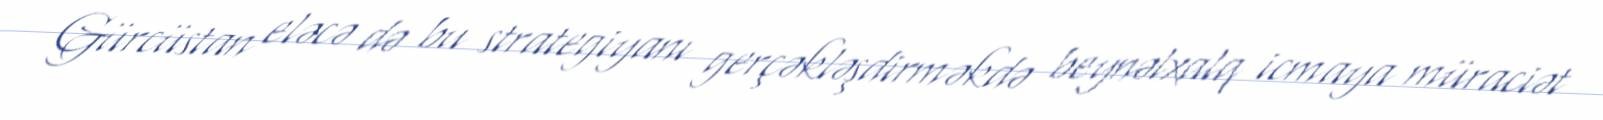
Gürcüstan eləcə də bu strategiyanı gerçəkləşdirməkdə beynəlxalq icmaya müraciət